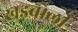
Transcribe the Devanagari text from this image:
खड़बोली